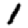
Digit: 1